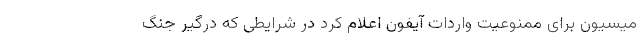
میسیون برای ممنوعیت واردات آیفون اعلام کرد در شرایطی که درگیر جنگ